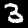
Label: 3